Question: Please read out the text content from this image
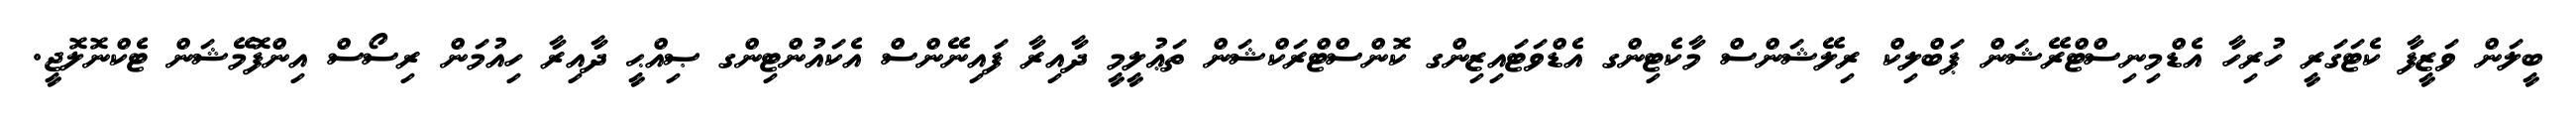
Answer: ބީލަން ވަޒީފާ ކެޓަގަރީ ހުރިހާ އެޑްމިނިސްޓްރޭޝަން ޕަބްލިކް ރިލޭޝަންސް މާކެޓިންގ އެޑްވަޓައިޒިންގ ކޮންސްޓްރަކްޝަން ތަޢުލީމީ ދާއިރާ ފައިނޭންސް އެކައުންޓިންގ ޞިއްޙީ ދާއިރާ ހިއުމަން ރިސޯސް އިންފޮމޭޝަން ޓެކްނޮލޮޖީ.